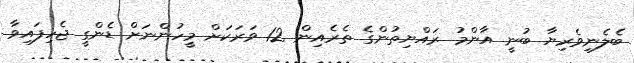
ބެލެނިވެރިޔާ ބުނީ އާންމު ރައްޔިތުންގެ ތެރެއިން 12 ވަރަކަށް މީހުންނަށް ޑެންގީ ޖެހިފައިވާ